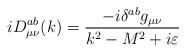
LaTeX: \begin{align*}iD_{\mu \nu }^{ab}(k)=\frac{-i\delta ^{ab}g_{\mu \nu }}{k^2-M^2+i\varepsilon }\end{align*}